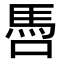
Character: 𩡳